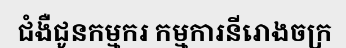
ជំងឺជូនកម្មករ កម្មការនីរោងចក្រ